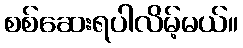
စစ်ဆေးရပါလိမ့်မယ်။